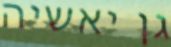
גן יאשיה